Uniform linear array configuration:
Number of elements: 12
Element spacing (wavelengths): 0.25
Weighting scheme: binomial
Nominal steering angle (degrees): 30
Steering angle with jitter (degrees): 30.182
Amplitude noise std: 0.05
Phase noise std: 0.05

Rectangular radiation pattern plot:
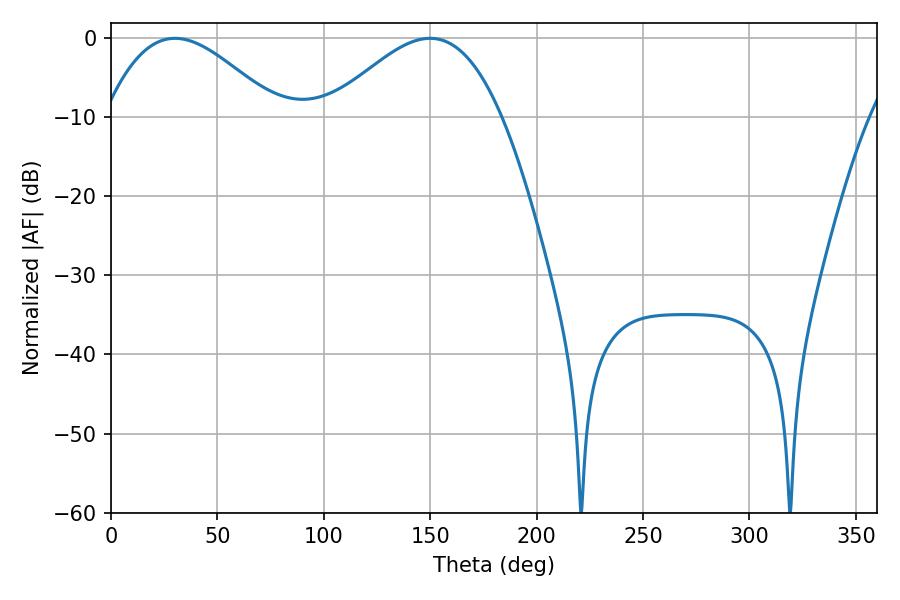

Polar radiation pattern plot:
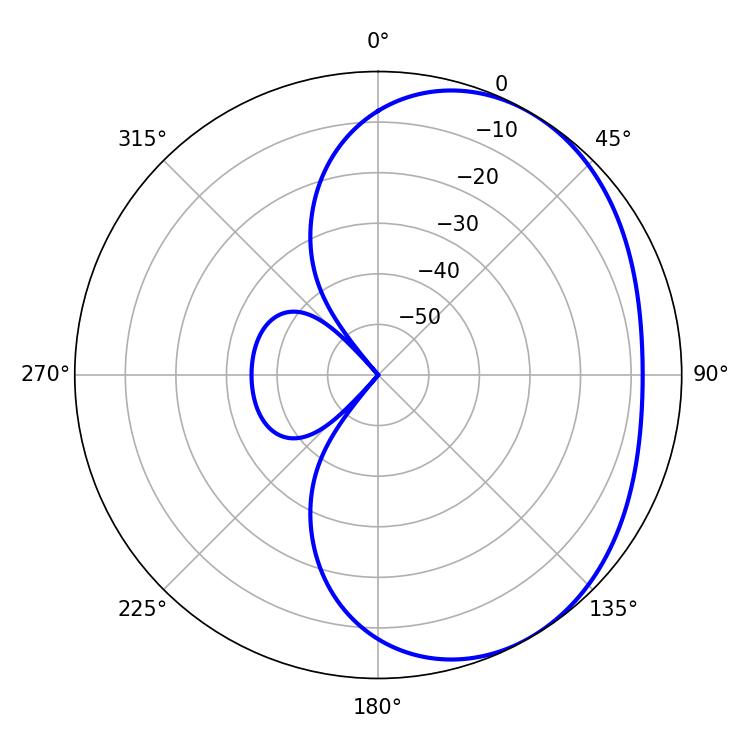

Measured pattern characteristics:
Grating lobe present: FALSE
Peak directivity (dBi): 3.209
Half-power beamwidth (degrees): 43.74
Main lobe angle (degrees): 30.06